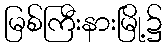
မြစ်ကြီးနားမြို့၌